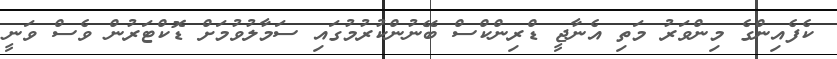
ކެފެއިންގެ މިންވަރު މަތި އެނާޖީ ޑްރިންކްސް ބޭނުންކުރުމުގައި ސަމާލުވުމަށް ޑޮކްޓަރުން ވެސް ވަނީ